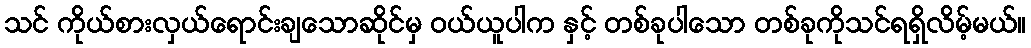
သင် ကိုယ်စားလှယ်ရောင်းချသောဆိုင်မှ ဝယ်ယူပါက နှင့် တစ်ခုပါသော တစ်ခုကိုသင်ရရှိလိမ့်မယ်။